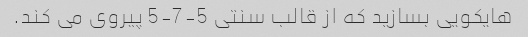
هایکویی بسازید که از قالب سنتی 5-7-5 پیروی می کند.